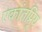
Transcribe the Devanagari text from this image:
एकांतप्र्रिय